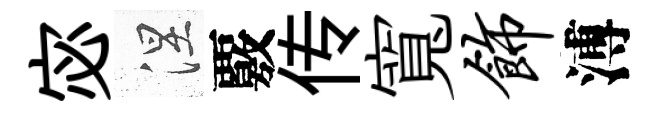
宓涅覈传寬饰溥